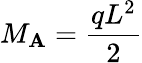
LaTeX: M_{\mathbf{A}}={\frac{{qL^{2}}}{{2}}}